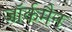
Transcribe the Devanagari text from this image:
जॉर्कमैन